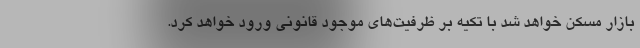
بازار مسکن خواهد شد با تکیه بر ظرفیت‌های موجود قانونی ورود خواهد کرد.